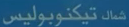
شامک‌تیکنول